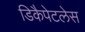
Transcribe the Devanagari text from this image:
डिकैपेटलेस